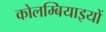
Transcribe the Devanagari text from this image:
कोलम्बियाइयों